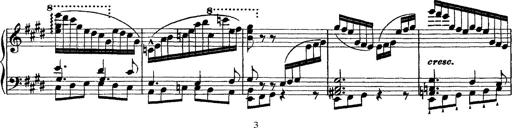
Title: Morceau de Salon
Composer: Josef Adalbert Pacher
Key: D-flat major